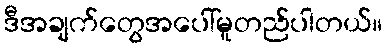
ဒီအချက်တွေအပေါ်မူတည်ပါတယ်။